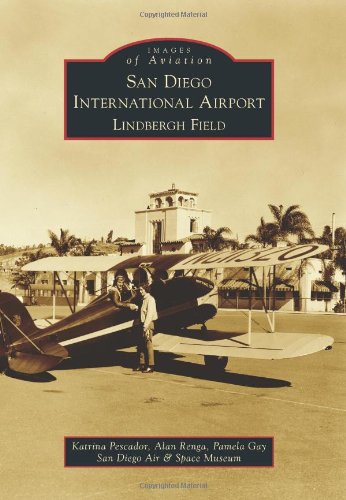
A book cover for San Diego International Airport Lindbergh Field (Images of Aviation); Katrina Pescador; Arts & Photography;